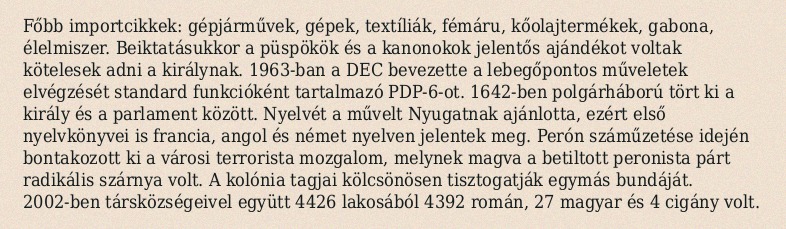
Főbb importcikkek: gépjárművek, gépek, textíliák, fémáru, kőolajtermékek, gabona, élelmiszer. Beiktatásukkor a püspökök és a kanonokok jelentős ajándékot voltak kötelesek adni a királynak. 1963-ban a DEC bevezette a lebegőpontos műveletek elvégzését standard funkcióként tartalmazó PDP-6-ot. 1642-ben polgárháború tört ki a király és a parlament között. Nyelvét a művelt Nyugatnak ajánlotta, ezért első nyelvkönyvei is francia, angol és német nyelven jelentek meg. Perón száműzetése idején bontakozott ki a városi terrorista mozgalom, melynek magva a betiltott peronista párt radikális szárnya volt. A kolónia tagjai kölcsönösen tisztogatják egymás bundáját. 2002-ben társközségeivel együtt 4426 lakosából 4392 román, 27 magyar és 4 cigány volt.